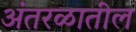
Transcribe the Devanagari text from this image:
अंतरळातील